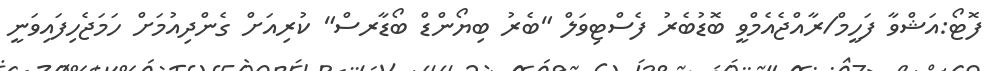
ފޮޓޯ:އަޝްވާ ފަހީމް/ރާއްޖެއެމްވީ ބޮޑުބެރު ފެސްޓިވަލް "ބެރު ބިޔޯންޑް ބޯޑާރސް" ކުރިއަށް ގެންދިއުމަށް ހަމަޖެހިފައިވަނީ